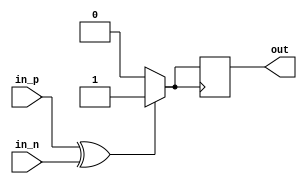
module ECL_Buffer(
    input wire in_p,
    input wire in_n,
    output reg out
);

// Differential amplifier for input signal conditioning
wire diff_out;
assign diff_out = in_p ^ in_n;

// Level shifter for voltage conversion
wire level_shifted;
assign level_shifted = diff_out ? 1'b1 : 1'b0;

// Drive circuit for robust output signal
always @ (posedge level_shifted) begin
    out <= level_shifted;
end

endmodule